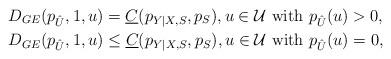
LaTeX: \begin{align*}&D_{GE}(p_{\hat{U}},1,u)=\underline{C}(p_{Y|X,S},p_S),u\in\mathcal{U}\mbox{ with }p_{\hat{U}}(u)>0, \\&D_{GE}(p_{\hat{U}},1,u)\leq \underline{C}(p_{Y|X,S},p_S),u\in\mathcal{U}\mbox{ with }p_{\hat{U}}(u)=0,\end{align*}